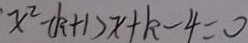
x ^ { 2 } - ( K + 1 ) x + k - 4 = 0